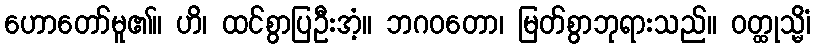
ဟောတော်မူ၏။ ဟိ၊ ထင်စွာပြဦးအံ့။ ဘဂဝတော၊ မြတ်စွာဘုရားသည်။ ဝတ္ထုသ္မိံ၊